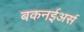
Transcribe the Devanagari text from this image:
बकनईअर्स